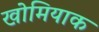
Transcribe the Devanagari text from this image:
खोमियाक